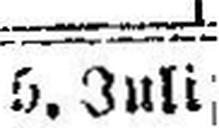
5. Juli